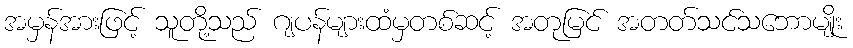
အမှန်အားဖြင့် သူတို့သည် ဂျပန်များထံမှတစ်ဆင့် အတုမြင် အတတ်သင်သဘောမျိုး